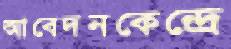
আবেদনকেন্দ্রে